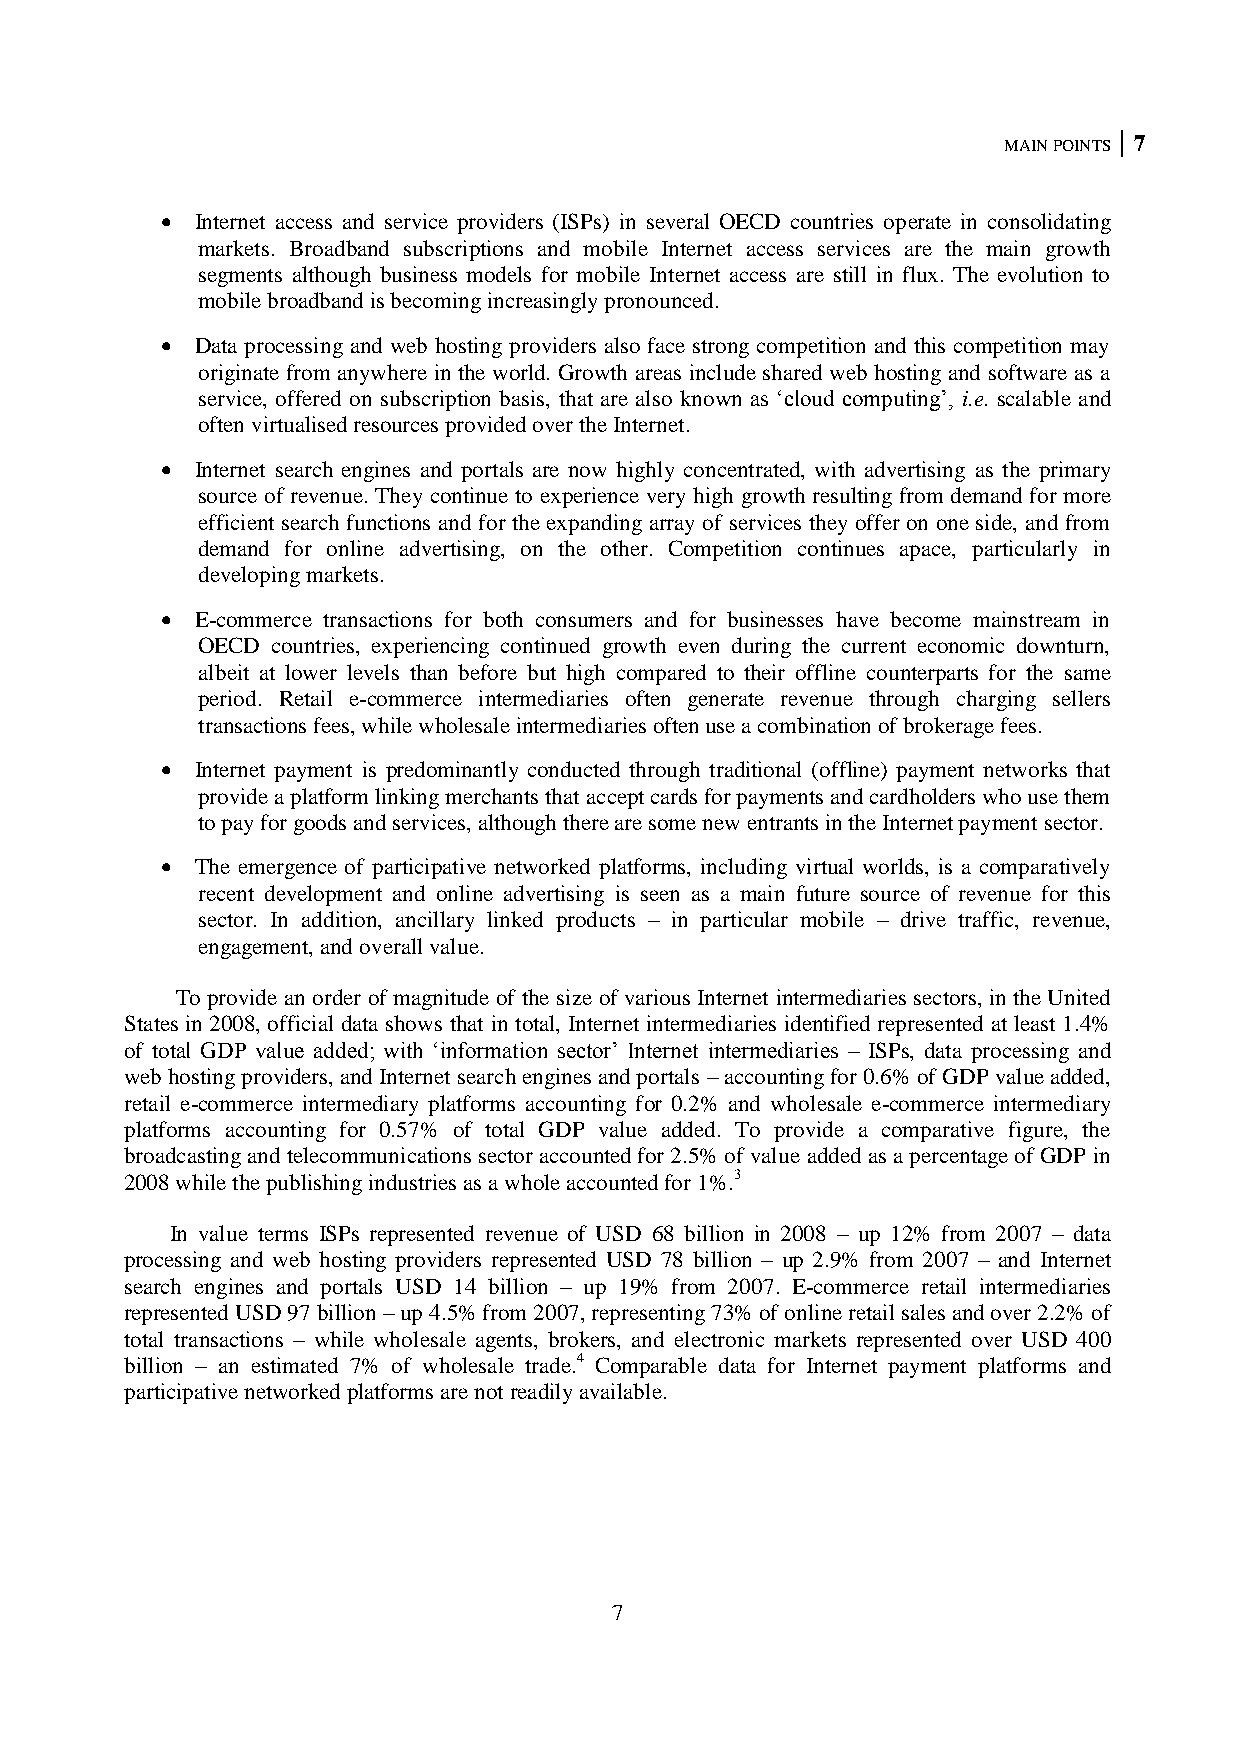
MAIN POINTS 7
  Internet access and service providers (ISPs) in several OECD countries operate in consolidating
 markets. Broadband subscriptions and mobile Internet access services are the main growth
 segments although business models for mobile Internet access are still in flux. The evolution to
 mobile broadband is becoming increasingly pronounced.
  Data processing and web hosting providers also face strong competition and this competition may
 originate from anywhere in the world. Growth areas include shared web hosting and software as a
 service, offered on subscription basis, that are also known as ‗cloud computing‘, i.e. scalable and
 often virtualised resources provided over the Internet.
  Internet search engines and portals are now highly concentrated, with advertising as the primary
 source of revenue. They continue to experience very high growth resulting from demand for more
 efficient search functions and for the expanding array of services they offer on one side, and from
 demand for online advertising, on the other. Competition continues apace, particularly in
 developing markets.
  E-commerce transactions for both consumers and for businesses have become mainstream in
 OECD countries, experiencing continued growth even during the current economic downturn,
 albeit at lower levels than before but high compared to their offline counterparts for the same
 period. Retail e-commerce intermediaries often generate revenue through charging sellers
 transactions fees, while wholesale intermediaries often use a combination of brokerage fees.
  Internet payment is predominantly conducted through traditional (offline) payment networks that
 provide a platform linking merchants that accept cards for payments and cardholders who use them
 to pay for goods and services, although there are some new entrants in the Internet payment sector.
  The emergence of participative networked platforms, including virtual worlds, is a comparatively
 recent development and online advertising is seen as a main future source of revenue for this
 sector. In addition, ancillary linked products – in particular mobile – drive traffic, revenue,
 engagement, and overall value.
 To provide an order of magnitude of the size of various Internet intermediaries sectors, in the United
 States in 2008, official data shows that in total, Internet intermediaries identified represented at least 1.4%
 of total GDP value added; with ‗information sector‘ Internet intermediaries – ISPs, data processing and
 web hosting providers, and Internet search engines and portals – accounting for 0.6% of GDP value added,
 retail e-commerce intermediary platforms accounting for 0.2% and wholesale e-commerce intermediary
 platforms accounting for 0.57% of total GDP value added. To provide a comparative figure, the
 broadcasting and telecommunications sector accounted for 2.5% of value added as a percentage of GDP in
 2008 while the publishing industries as a whole accounted for 1%.3
 In value terms ISPs represented revenue of USD 68 billion in 2008 – up 12% from 2007 – data
 processing and web hosting providers represented USD 78 billion – up 2.9% from 2007 – and Internet
 search engines and portals USD 14 billion – up 19% from 2007. E-commerce retail intermediaries
 represented USD 97 billion – up 4.5% from 2007, representing 73% of online retail sales and over 2.2% of
 total transactions – while wholesale agents, brokers, and electronic markets represented over USD 400
 billion – an estimated 7% of wholesale trade.4 Comparable data for Internet payment platforms and
 participative networked platforms are not readily available.
 7